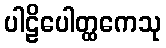
ပါဠိပေါတ္ထကေသု